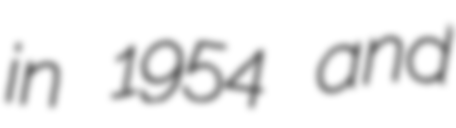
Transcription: in 1954 and